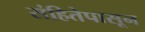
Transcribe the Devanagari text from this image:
संहितेपासून